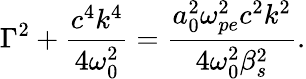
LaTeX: \Gamma^{2}+\frac{c^{4}k^{4}}{4\omega_{0}^{2}}=\frac{a_{0}^{2}\omega_{pe}^{2}c^{2}k^{2}}{4\omega_{0}^{2}\beta_{s}^{2}}.